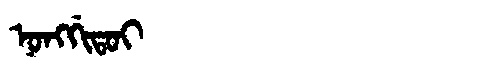
Manchu: ᠨᠣᠩᡤᡳᡨᠣᡳ
Romanization: NONGGITOI